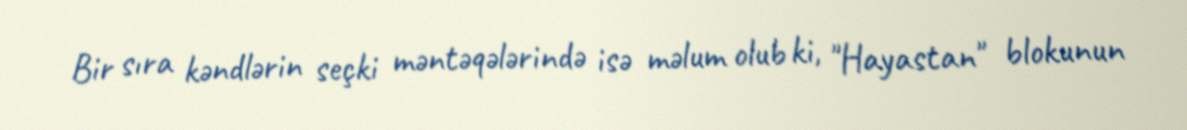
Bir sıra kəndlərin seçki məntəqələrində isə məlum olub ki, "Hayastan" blokunun